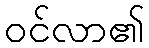
ဝင်လာ၏